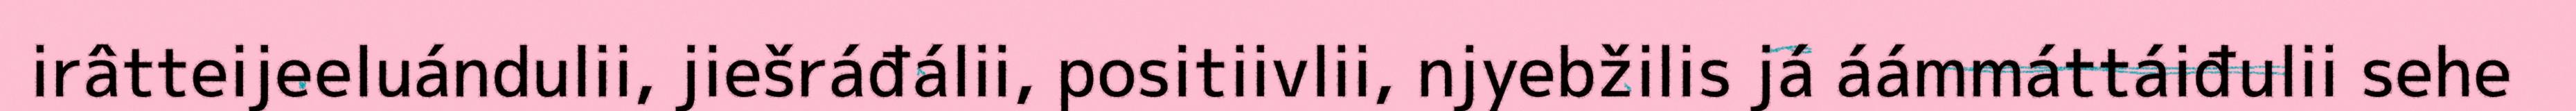
irâtteijeeluándulii, jiešráđálii, positiivlii, njyebžilis já áámmáttáiđulii sehe